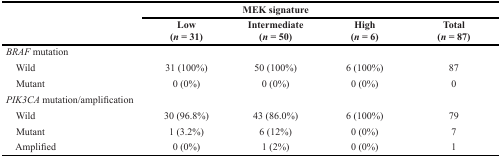
<table><thead><tr><td rowspan="2"></td><td colspan="3"><b>MEK signature</b></td><td></td></tr><tr><td><b>Low (<i>n</i> = 31)</b></td><td><b>Intermediate (<i>n</i> = 50)</b></td><td><b>High (<i>n</i> = 6)</b></td><td><b>Total (<i>n</i> = 87)</b></td></tr></thead><tbody><tr><td><i>BRAF</i> mutation</td><td></td><td></td><td></td><td></td></tr><tr><td> Wild</td><td>31 (100%)</td><td>50 (100%)</td><td>6 (100%)</td><td>87</td></tr><tr><td> Mutant</td><td>0 (0%)</td><td>0 (0%)</td><td>0 (0%)</td><td>0</td></tr><tr><td><i>PIK3CA</i> mutation/amplification</td><td></td><td></td><td></td><td></td></tr><tr><td> Wild</td><td>30 (96.8%)</td><td>43 (86.0%)</td><td>6 (100%)</td><td>79</td></tr><tr><td> Mutant</td><td>1 (3.2%)</td><td>6 (12%)</td><td>0 (0%)</td><td>7</td></tr><tr><td> Amplified</td><td>0 (0%)</td><td>1 (2%)</td><td>0 (0%)</td><td>1</td></tr></tbody></table>